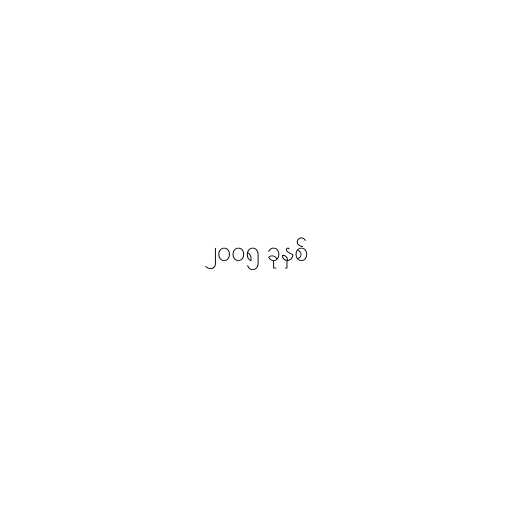
၂၀၀၅ ခုနှစ်